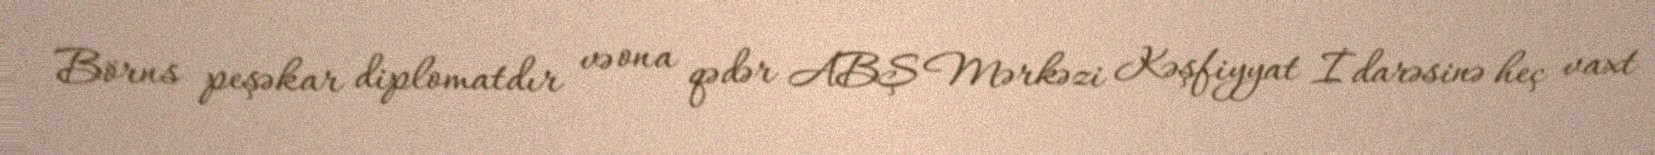
Börns peşəkar diplomatdır və ona qədər ABŞ Mərkəzi Kəşfiyyat İdarəsinə heç vaxt